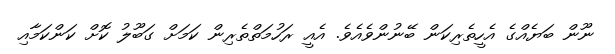
ނޫން ބަޔެއްގެ އެހީތެރިކަން ބޭނުންވެއެވެ. އެއީ ރަހުމަތްތެރިން ކަމަށް ގަބޫލު ކޮށް ކަންކަމާއި